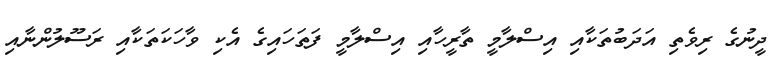
ދީނުގެ ރިވެތި އަދަބުތަކާއި އިސްލާމީ ތާރީހާއި އިސްލާމީ ފަތަހައިގެ އެކި ވާހަކަތަކާއި ރަސޫލުންނާއި